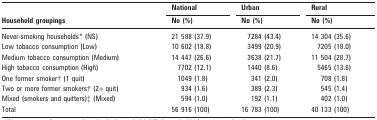
<table><thead><tr><td rowspan="2"><b>Household groupings</b></td><td><b>National</b></td><td><b>Urban</b></td><td><b>Rural</b></td></tr><tr><td><b>No (%)</b></td><td><b>No (%)</b></td><td><b>No (%)</b></td></tr></thead><tbody><tr><td>Never-smoking households* (NS)</td><td>21 588 (37.9)</td><td>7284 (43.4)</td><td>14 304 (35.6)</td></tr><tr><td>Low tobacco consumption (Low)</td><td>10 602 (18.8)</td><td>3499 (20.9)</td><td>7205 (18.0)</td></tr><tr><td>Medium tobacco consumption (Medium)</td><td>14 447 (26.6)</td><td>3638 (21.7)</td><td>11 504 (28.7)</td></tr><tr><td>High tobacco consumption (High)</td><td>7702 (12.1)</td><td>1440 (8.6)</td><td>5465 (13.6)</td></tr><tr><td>One former smoker† (1 quit)</td><td>1049 (1.8)</td><td>341 (2.0)</td><td>708 (1.8)</td></tr><tr><td>Two or more former smokers† (2+ quit)</td><td>934 (1.6)</td><td>389 (2.3)</td><td>545 (1.4)</td></tr><tr><td>Mixed (smokers and quitters)‡ (Mixed)</td><td>594 (1.0)</td><td>192 (1.1)</td><td>402 (1.0)</td></tr><tr><td>Total</td><td>56 916 (100)</td><td>16 783 (100)</td><td>40 133 (100)</td></tr></tbody></table>